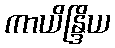
ကာယိန္ဒြိယ